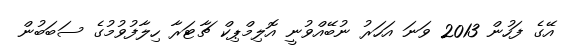
އޭގެ ފަހުން 2013 ވަނަ އަހަރު ނުބޭއްވުނީ އޮލިމްޕިކް ޗާޓަރާ ހިލާފުވުމުގެ ސަބަބުން